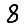
Digit: 8